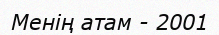
Менің атам - 2001